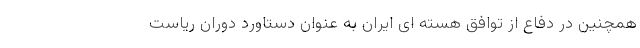
همچنین در دفاع از توافق هسته ای ایران به عنوان دستاورد دوران ریاست